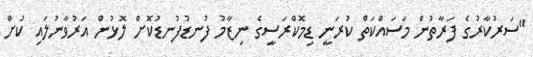
"ސަރުކާރުގެ ފަރާތުން މަސައްކަތް ކުރަނީ ޑިމޮކްރަސީގެ ނިޒާމު ފުނޑުފުނޑުކޮށް ލޮޅުން އަރުވާނުލައި ކުށް